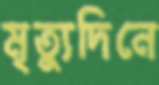
মৃত্যুদিনে